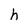
Character: h